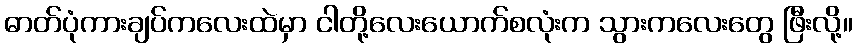
ဓာတ်ပုံကားချပ်ကလေးထဲမှာ ငါတို့လေးယောက်စလုံးက သွားကလေးတွေ ဖြီးလို့။